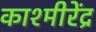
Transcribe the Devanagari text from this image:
काश्मीरेंद्र